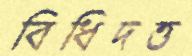
বিধিদত্ত